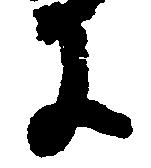
に